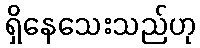
ရှိနေသေးသည်ဟု